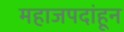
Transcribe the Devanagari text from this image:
महाजपदांहून